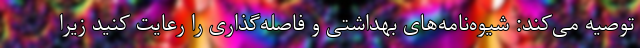
توصیه می‌کند: شیوه‌نامه‌های بهداشتی و فاصله‌گذاری را رعایت کنید زیرا